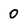
Character: 0